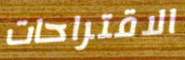
الاقتراحات